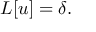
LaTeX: L [ u ] = \delta .